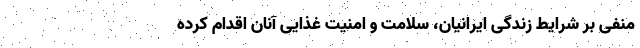
منفی بر شرایط زندگی ایرانیان، سلامت و امنیت غذایی آنان اقدام کرده